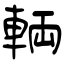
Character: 輌